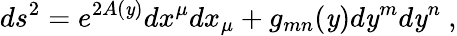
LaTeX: ds^{2}=e^{2A(\mathit{y})}dx^{\mu}dx_{\mu}+g_{mn}(\mathit{y})d\mathit{y}^{m}d\mathit{y}^{n}\ ,